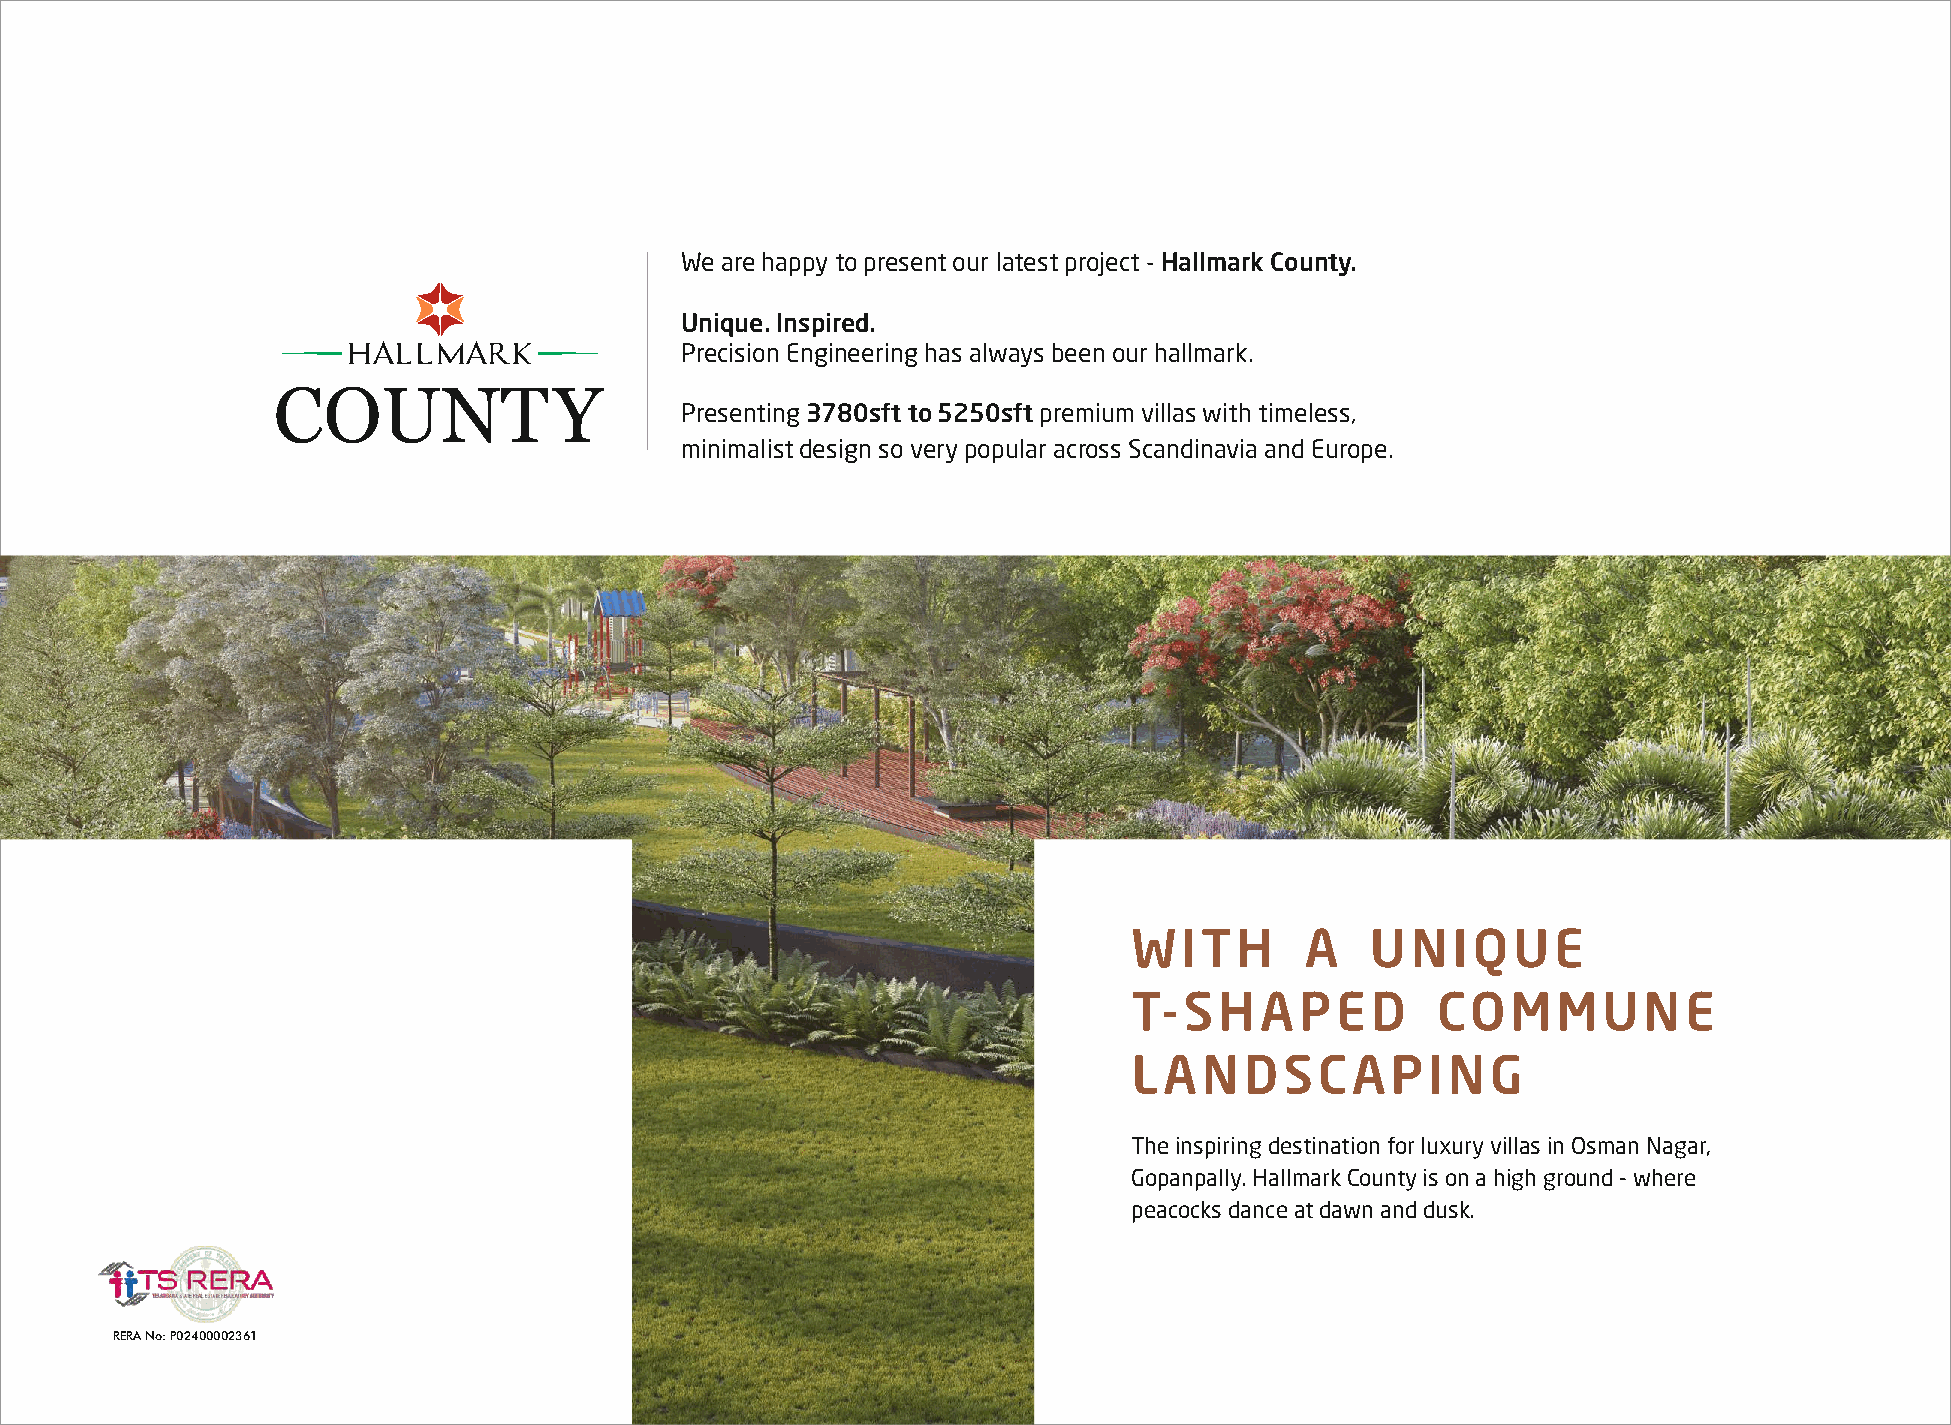
We are happy to present our latest project - Hallmark County.
 Unique. Inspired.
 Precision Engineering has always been our hallmark.
 Presenting 3780sft to 5250sft premium villas with timeless,
 minimalist design so very popular across Scandinavia and Europe.
 WITH       A    UNIQUE
 T-SHAPED            COMMUNE
 LANDSCAPING
 The inspiring destination for luxury villas in Osman Nagar,
 Gopanpally. Hallmark County is on a high ground - where
 peacocks dance at dawn and dusk.
 RERA No: P02400002361